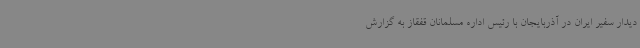
دیدار سفیر ایران در آذربایجان با رئیس اداره مسلمانان قفقاز به گزارش